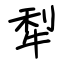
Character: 犁